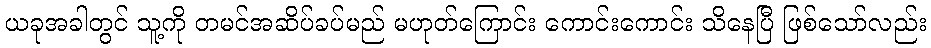
ယခုအခါတွင် သူ့ကို တမင်အဆိပ်ခပ်မည် မဟုတ်ကြောင်း ကောင်းကောင်း သိနေပြီ ဖြစ်သော်လည်း